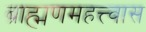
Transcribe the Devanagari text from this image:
ब्राह्मणमहत्त्वास